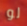
لو